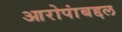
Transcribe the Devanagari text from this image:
आरोपांबद्दल